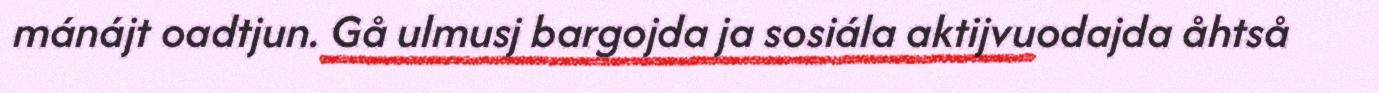
mánájt oadtjun. Gå ulmusj bargojda ja sosiála aktijvuodajda åhtså